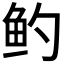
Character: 𬶄